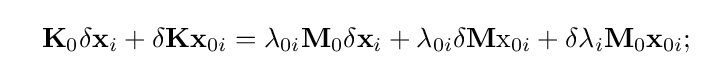
\quad \mathbf {K} _{0}\delta \mathbf {x} _{i}+\delta \mathbf {K} \mathbf {x} _{0i}=\lambda _{0i}\mathbf {M} _{0}\delta \mathbf {x} _{i}+\lambda _{0i}\delta \mathbf {M} \mathrm {x} _{0i}+\delta \lambda _{i}\mathbf {M} _{0}\mathbf {x} _{0i};